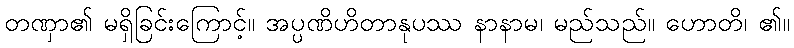
တဏှာ၏ မရှိခြင်းကြောင့်။ အပ္ပဏိဟိတာနုပဿ နာနာမ၊ မည်သည်။ ဟောတိ၊ ၏။